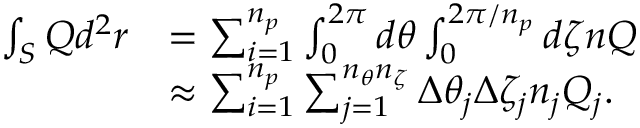
\begin{array} { r l } { \int _ { S } Q d ^ { 2 } r } & { = \sum _ { i = 1 } ^ { n _ { p } } \int _ { 0 } ^ { 2 \pi } d \theta \int _ { 0 } ^ { 2 \pi / n _ { p } } d \zeta n Q } \\ & { \approx \sum _ { i = 1 } ^ { n _ { p } } \sum _ { j = 1 } ^ { n _ { \theta } n _ { \zeta } } \Delta \theta _ { j } \Delta \zeta _ { j } n _ { j } Q _ { j } . } \end{array}